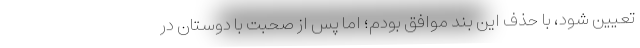
تعیین شود، با حذف این بند موافق بودم؛ اما پس از صحبت با دوستان در